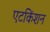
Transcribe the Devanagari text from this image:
एटकिंशन